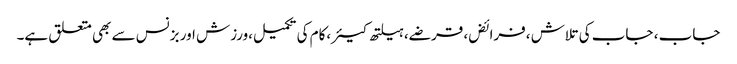
جاب ، جاب کی تلاش ،فرائض، قرضے، ہیلتھ کیئر،کام کی تکمیل،ورزش اور بزنس سے بھی متعلق ہے۔